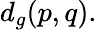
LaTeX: d_{g}(p,q).